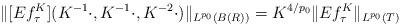
LaTeX: \begin{align*}\| [Ef_\tau^K](K^{-1}\cdot,K^{-1}\cdot, K^{-2}\cdot) \|_{L^{p_0}(B(R))} = K^{4/p_0}\| Ef_\tau^K \|_{L^{p_0}(T)} \end{align*}